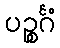
ပဉ္စင်္ဂံ